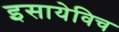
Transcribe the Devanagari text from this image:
इसायेविच